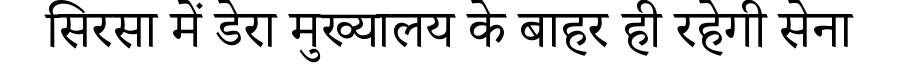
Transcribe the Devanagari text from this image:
सिरसा में डेरा मुख्यालय के बाहर ही रहेगी सेना